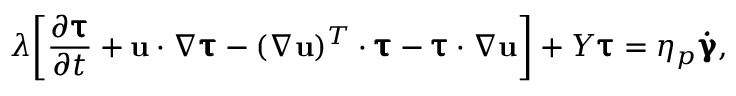
\lambda \biggl [ \frac { \partial { \pmb { \uptau } } } { \partial t } + { \bf { u } } \cdot \nabla { \pmb { \uptau } } - ( \nabla { \bf { u } } ) ^ { T } \cdot { \pmb { \uptau } } - { \pmb { \uptau } } \cdot \nabla { \bf { u } } \biggr ] + Y { \pmb { \uptau } } = \eta _ { p } { \pmb { \dot { \upgamma } } } ,